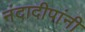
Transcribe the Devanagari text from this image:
नंदादीपांनी